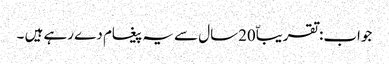
جواب:تقریباّ20سال سے یہ پیغام دے رہے ہیں ۔